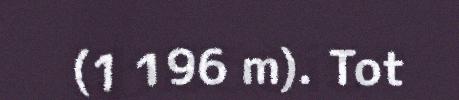
(1 196 m). Tot